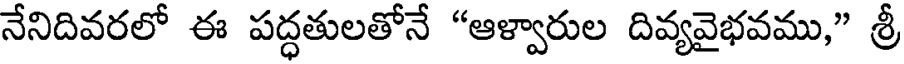
నేనిదివరలో ఈ పద్ధతులతోనే "ఆళ్వారుల దివ్యవైభవము," శ్రీ